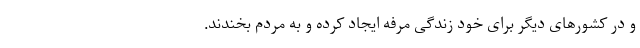
و در کشورهای دیگر برای خود زندگی مرفه ایجاد کرده و به مردم بخندند.